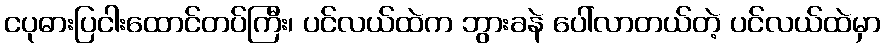
ငပုဓားပြငါးထောင်တပ်ကြီး၊ ပင်လယ်ထဲက ဘွားခနဲ ပေါ်လာတယ်တဲ့ ပင်လယ်ထဲမှာ